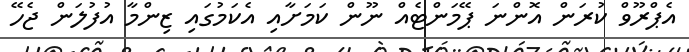
އެޕްރޫވް ކުރަން އޮންނަ ޕޭމަންޓެއް ނޫން ކަމަށާއި އެކަމުގައި ޒިންމާ އުފުލަން ޖެހޭ